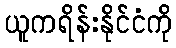
ယူကရိန်းနိုင်ငံကို